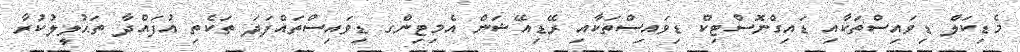
މެޑިކަލް ޑިވައިސްތަކާއި ޑައިގްނޮސްޓިކް ޑިވައިސްތަކާއި ރޭޑިއޭޝަން އެމިޓިންގ ޑިވައިސްތައްފަދަ ތަކެތި އުފައްދާ ތަޙުލީލުކުރާ